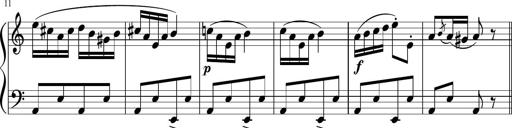
Title: 4 Sonatinas
Composer: Jacob Schmitt